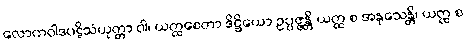
လောကဝါဒပဋိသံယုတ္တာ ဝါ၊ ယတ္ထစေတာ ဒိဋ္ဌိယော ဥပ္ပဇ္ဇန္တိ ယတ္ထ စ အနုသေန္တိ၊ ယတ္ထ စ